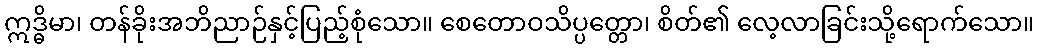
ဣဒ္ဓိမာ၊ တန်ခိုးအဘိညာဉ်နှင့်ပြည့်စုံသော။ စေတောဝသိပ္ပတ္တော၊ စိတ်၏ လေ့လာခြင်းသို့ရောက်သော။